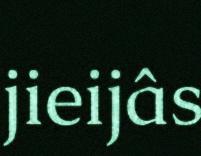
jieijâs